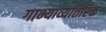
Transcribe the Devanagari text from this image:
गाभ्याव्यतिरिक्त